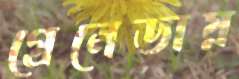
গ্রেনেডায়